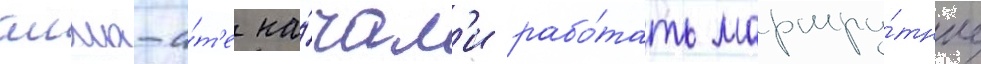
алма-а́т'е на́чал'и рабо́тать маршру́тные